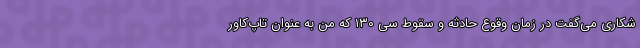
شکاری می‌گفت در زمان وقوع حادثه و سقوط سی ۱۳۰ که من به عنوان تاپ‌کاور